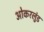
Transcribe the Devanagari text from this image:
ओकरलुंड